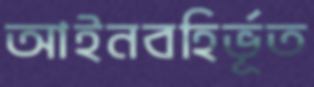
আইনবহির্ভূত